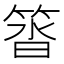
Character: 䈋